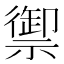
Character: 禦